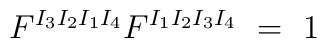
F^{I_3I_2I_1I_4} F^{I_1I_2I_3I_4} \ = \ 1 \